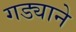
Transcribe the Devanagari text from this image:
गड्याने